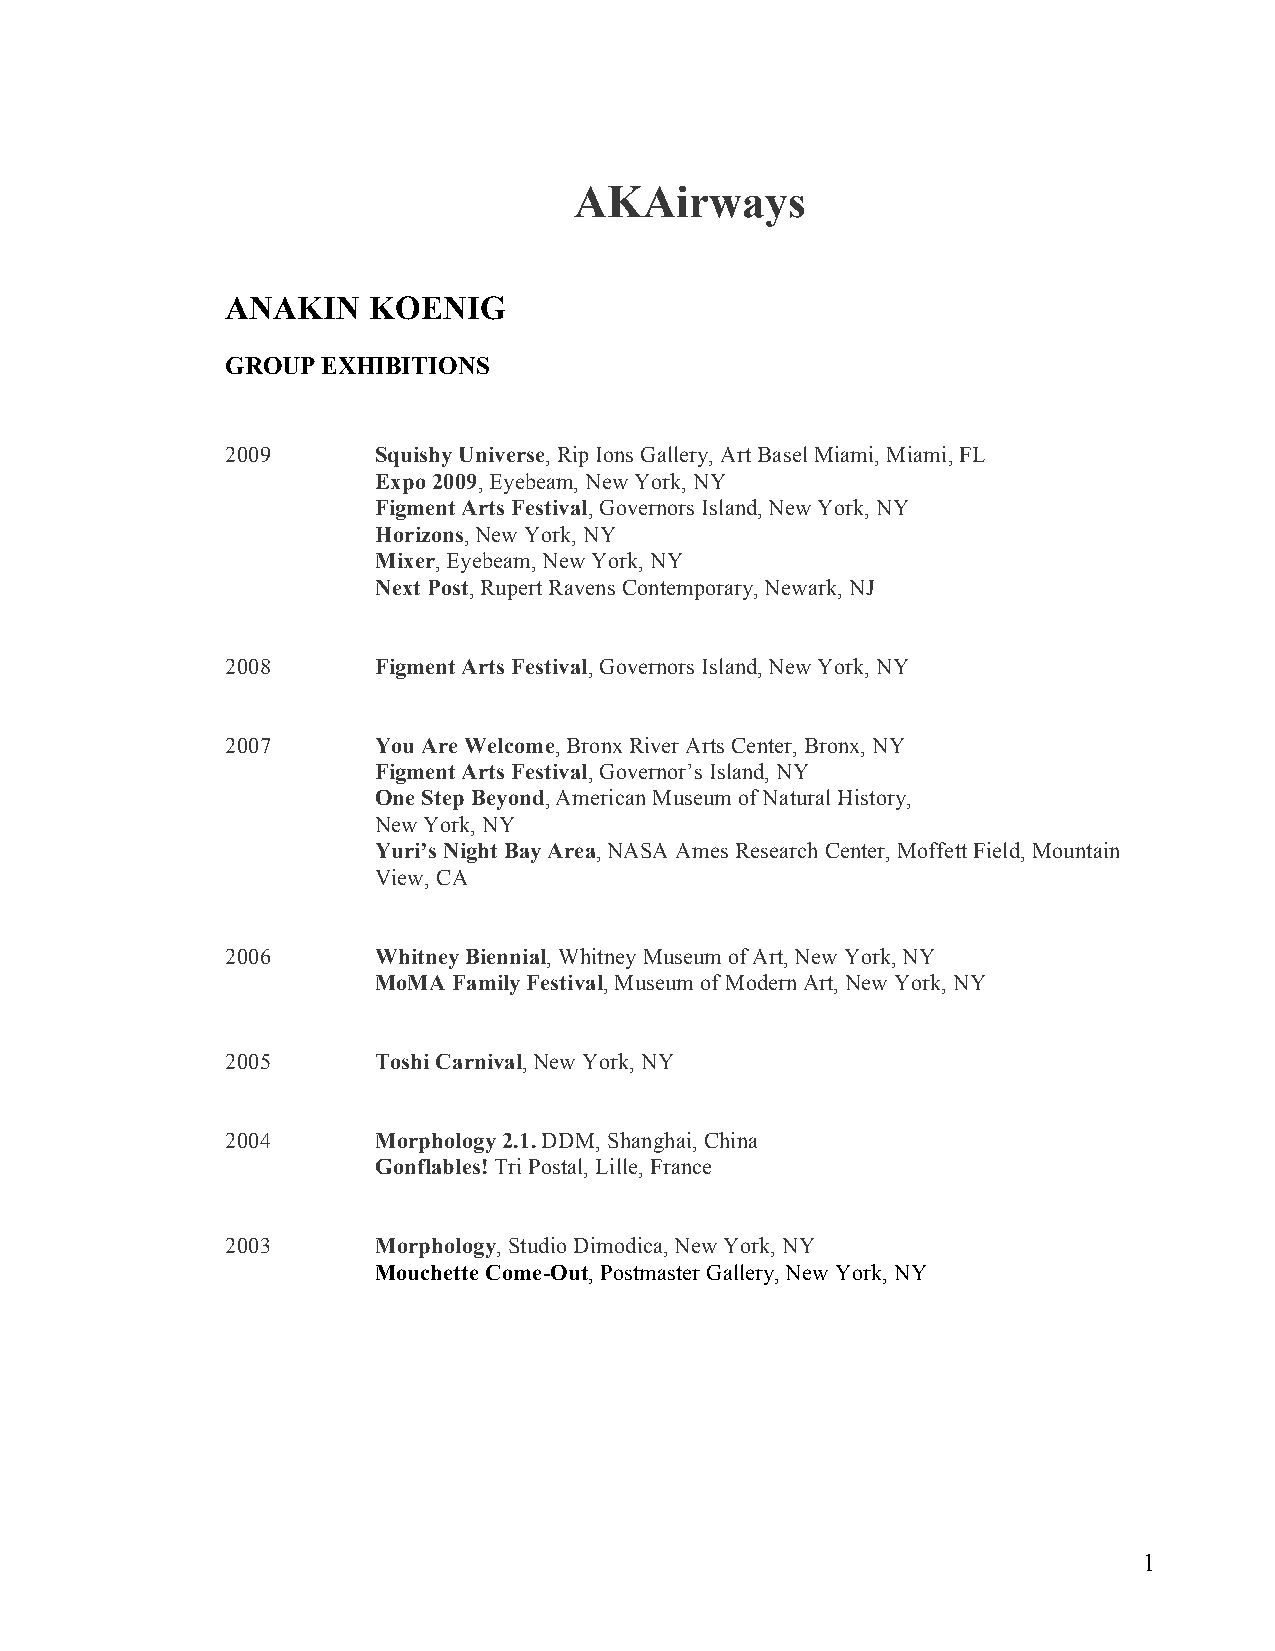
AKAirways
 ANAKIN   KOENIG
 GROUP EXHIBITIONS
 2009      Squishy Universe, Rip Ions Gallery, Art Basel Miami, Miami, FL
 Expo 2009, Eyebeam, New York, NY
 Figment Arts Festival, Governors Island, New York, NY
 Horizons, New York, NY
 Mixer, Eyebeam, New York, NY
 Next Post, Rupert Ravens Contemporary, Newark, NJ
 2008      Figment Arts Festival, Governors Island, New York, NY
 2007      You Are Welcome, Bronx River Arts Center, Bronx, NY
 Figment Arts Festival, Governor’s Island, NY
 One Step Beyond, American Museum of Natural History,
 New York, NY
 Yuri’s Night Bay Area, NASA Ames Research Center, Moffett Field, Mountain
 View, CA
 2006      Whitney Biennial, Whitney Museum of Art, New York, NY
 MoMA Family Festival, Museum of Modern Art, New York, NY
 2005      Toshi Carnival, New York, NY
 2004      Morphology 2.1. DDM, Shanghai, China
 Gonflables! Tri Postal, Lille, France
 2003      Morphology, Studio Dimodica, New York, NY
 Mouchette Come-Out, Postmaster Gallery, New York, NY
 1